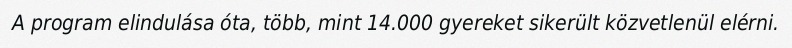
A program elindulása óta, több, mint 14.000 gyereket sikerült közvetlenül elérni.